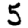
Digit: 5